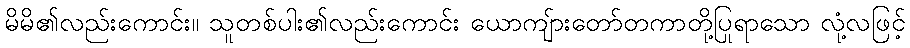
မိမိ၏လည်းကောင်း။ သူတစ်ပါး၏လည်းကောင်း ယောကျ်ားတော်တကာတို့ပြုရာသော လုံ့လဖြင့်